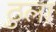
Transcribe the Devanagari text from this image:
ठुला